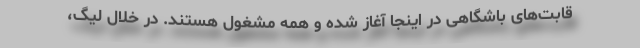
قابت‌های باشگاهی در اینجا آغاز شده و همه مشغول هستند. در خلال لیگ،